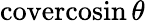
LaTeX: \operatorname{covercosin}\theta